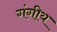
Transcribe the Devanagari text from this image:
गंगीय